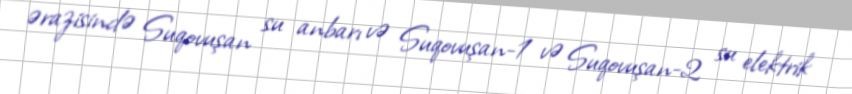
ərazisində Suqovuşan su anbarı və Suqovuşan-1 və Suqovuşan-2 su elektrik